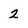
Character: 2